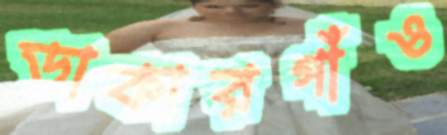
ডাকারগাঁও